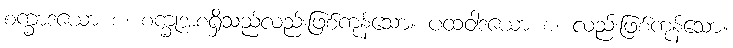
စက္ခာဒယော စ၊ စက္ခုအစရှိသည်လည်းဖြစ်ကုန်သော။ ပထဝါဒယော စ၊ လည်းဖြစ်ကုန်သော။